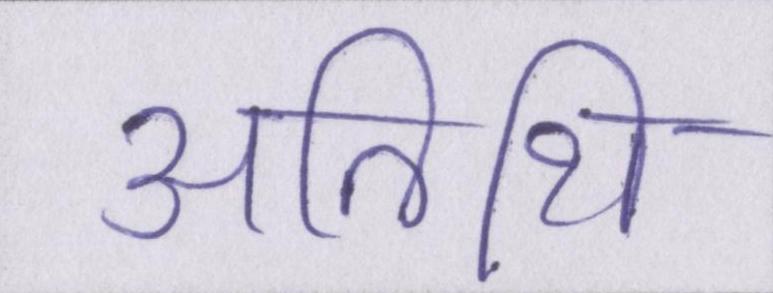
अतिथि